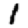
Digit: 1